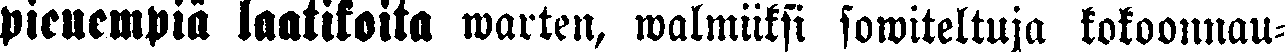
pienempiä laatikoita warten, walmiiksi sowiteltuja kokoonnau-